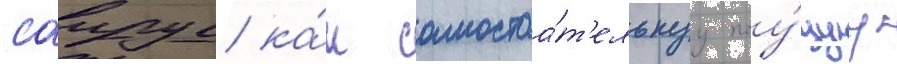
саирус ка́к самостоа́т'ельнуу поу́щуу